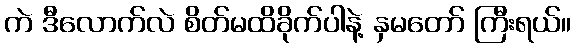
ကဲ ဒီလောက်လဲ စိတ်မထိခိုက်ပါနဲ့ နှမတော် ကြီးရယ်။